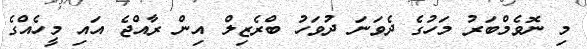
މި ނޮވެމްބަރު މަހުގެ ދެވަނަ ދުވަހު ބްރެޒިލް އިން ރާއްޖެ އައި މީހެއްގެ